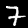
Label: 7